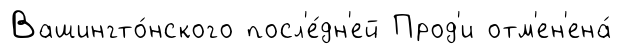
Вашингто́нского посл'е́дн'ей Прод'и отм'ен'ена́